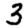
Digit: 3